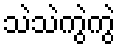
သဲသဲကွဲကွဲ